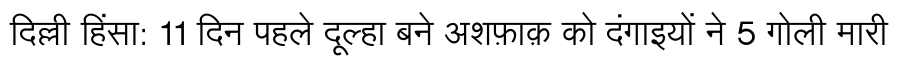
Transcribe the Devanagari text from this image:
दिल्ली हिंसा: 11 दिन पहले दूल्हा बने अशफ़ाक़ को दंगाइयों ने 5 गोली मारी